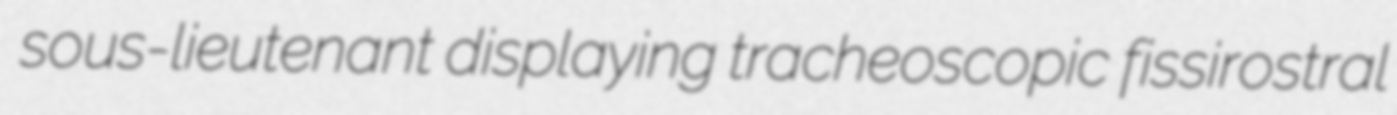
sous-lieutenant displaying tracheoscopic fissirostral